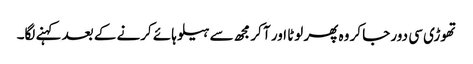
تھوڑی سی دور جا کر وہ پھر لوٹا اور آ کر مجھ سے ہیلو ہائے کرنے کے بعد کہنے لگا۔